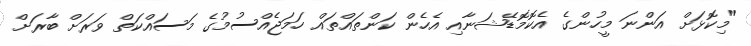
"މިކޮޅަށް އަންނަ މީހުންގެ އެކޮމޮޑޭޝަނާއި އެހެން ކަންތައްތައް ހަމަޖެއްސުމުގެ މަސައްކަތް ވަރަށް ބާރަށް